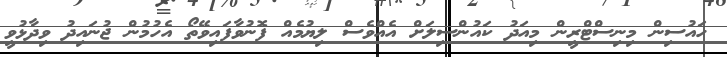
ހައުސިން މިނިސްޓްރީން މިއަދު ކައުންސިލަށް އެއްވެސް ލިޔުމެއް ފޮނުވާފައިވޭތޯ އެހުމުން ޖުނައިދު ވިދާޅުވީ